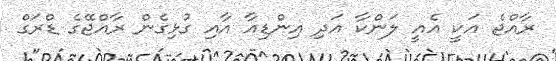
ރާއްޖެ އަކީ އެއީ ލަންކާ އަދި އިންޑިއާ އާއި ގުޅިގެން ރާއްޖޭގެ ޑްރަގް